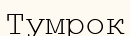
Тумрок